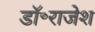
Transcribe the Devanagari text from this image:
डॉ॰राजेश